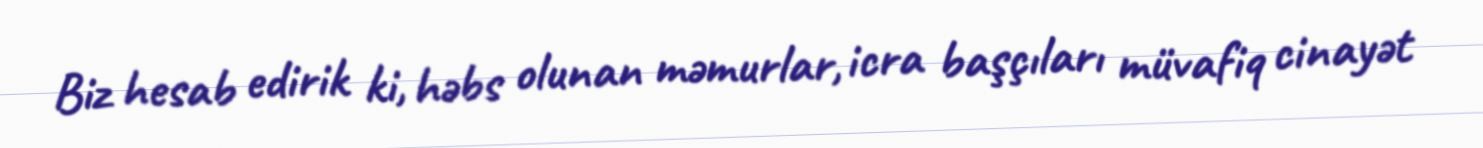
Biz hesab edirik ki, həbs olunan məmurlar, icra başçıları müvafiq cinayət